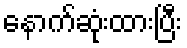
နောက်ဆုံးထားပြီး